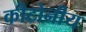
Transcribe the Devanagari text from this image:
कीटोनीय